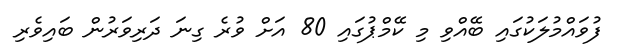
ފުވައްމުލަކުގައި ބޭއްވި މި ކޭމްޕުގައި 80 އަށް ވުރެ ގިނަ ދަރިވަރުން ބައިވެރި